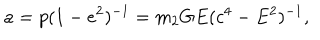
LaTeX: a = p ( 1 - e ^ { 2 } ) ^ { - 1 } = m _ { 2 } G E ( c ^ { 4 } - E ^ { 2 } ) ^ { - 1 } ,